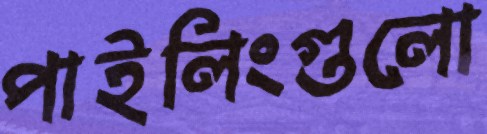
পাইলিংগুলো